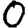
Digit: 0